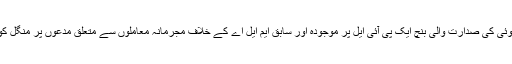
چیف جسٹس رنجن گگوئی کی صدارت والی بنچ ایک پی آئی ایل پر موجودہ اور سابق ایم ایل اے کے خلاف مجرمانہ معاملوں سے متعلق مدعوں پر منگل کو شنوائی کر رہی تھی۔